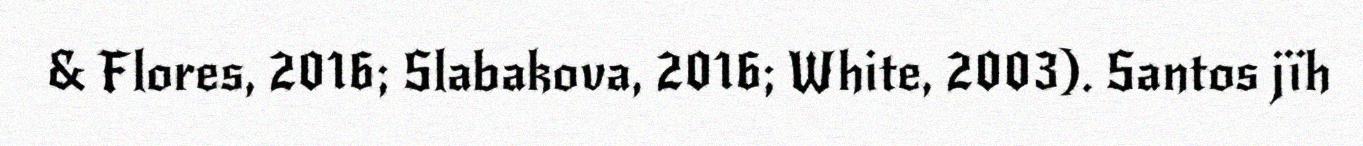
& Flores, 2016; Slabakova, 2016; White, 2003). Santos jïh